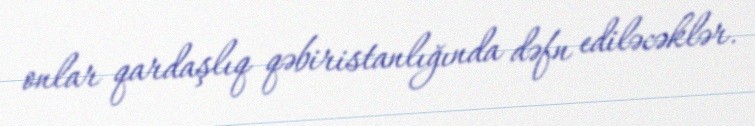
onlar qardaşlıq qəbiristanlığında dəfn ediləcəklər.